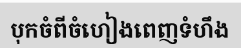
បុកចំពីចំហៀងពេញទំហឹង